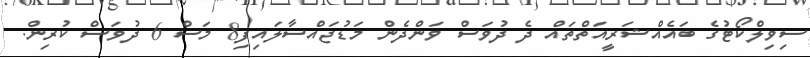
ސިވިލްކޯޓުގެ ބައެއްޝަރީއަތްތައް ދެ ދުވަސް ވަންދެން މަޑުޖައްސާލައިފި8 މަސް 6 ދުވަސް ކުރިން.